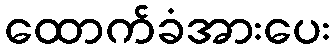
ထောက်ခံအားပေး